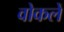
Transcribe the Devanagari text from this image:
वोकलें